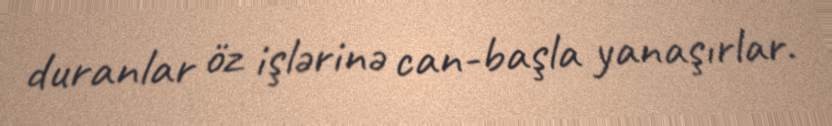
duranlar öz işlərinə can-başla yanaşırlar.